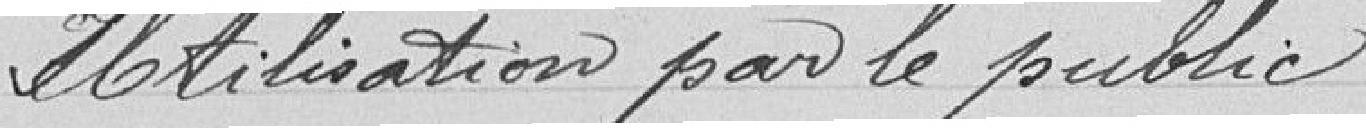
Utilisation par le public